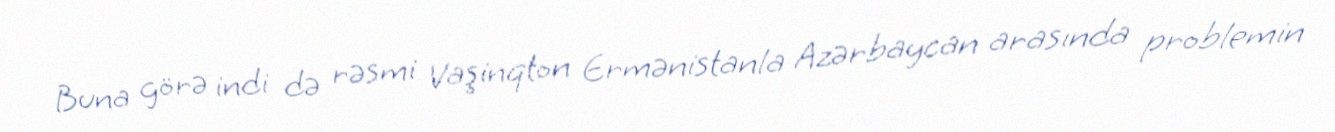
Buna görə indi də rəsmi Vaşinqton Ermənistanla Azərbaycan arasında problemin